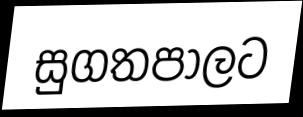
සුගතපාලට